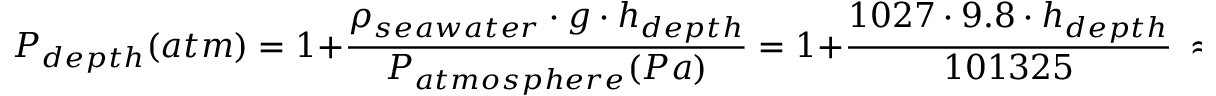
P _ { d e p t h } ( a t m ) = 1 + { \frac { \rho _ { s e a w a t e r } \cdot g \cdot h _ { d e p t h } } { P _ { a t m o s p h e r e } ( P a ) } } = 1 + { \frac { 1 0 2 7 \cdot 9 . 8 \cdot h _ { d e p t h } } { 1 0 1 3 2 5 } } \ \approx 1 + { \frac { h _ { d e p t h } ( m ) } { 1 0 } }